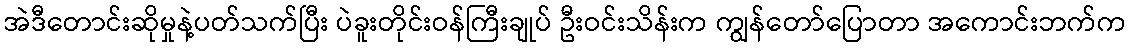
အဲဒီတောင်းဆိုမှုနဲ့ပတ်သက်ပြီး ပဲခူးတိုင်းဝန်ကြီးချုပ် ဦးဝင်းသိန်းက ကျွန်တော်ပြောတာ အကောင်းဘက်က